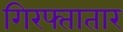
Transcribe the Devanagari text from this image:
गिरफ्तातार